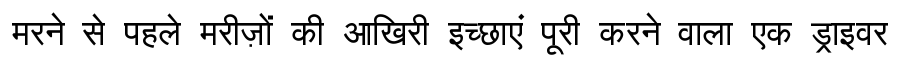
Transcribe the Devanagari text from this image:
मरने से पहले मरीज़ों की आखिरी इच्छाएं पूरी करने वाला एक ड्राइवर